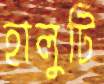
হালুটি